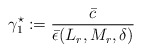
\begin{align*}\gamma_1^\star := \dfrac{\bar c}{ \bar \epsilon(L_r,M_r, \delta)}\end{align*}